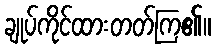
ချုပ်ကိုင်ထားတတ်ကြ၏။